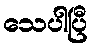
သေပါပြီ